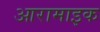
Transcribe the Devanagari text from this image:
आरामाइक